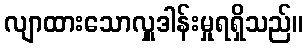
လျာထားသောလှူဒါန်းမှုရရှိသည်။